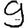
Digit: 9